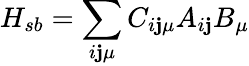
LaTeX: H_{sb}=\sum_{i\mathbf{j}\mu}C_{i\mathbf{j}\mu}A_{i\mathbf{j}}B_{\mu}